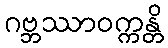
ဂဗ္ဘဿာဝက္ကန္တိ